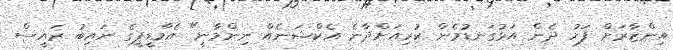
އިންޒާރަށް ފަހު ދެން އަޅުގަނޑުމެން ކުރިއަށްދާނެ އެކްޝަނެއް ނިންމާނީ" އެމްޑީޕީގެ ނައިބު ރައީސް